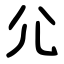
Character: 尣